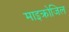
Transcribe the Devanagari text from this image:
माइक्रोजिल